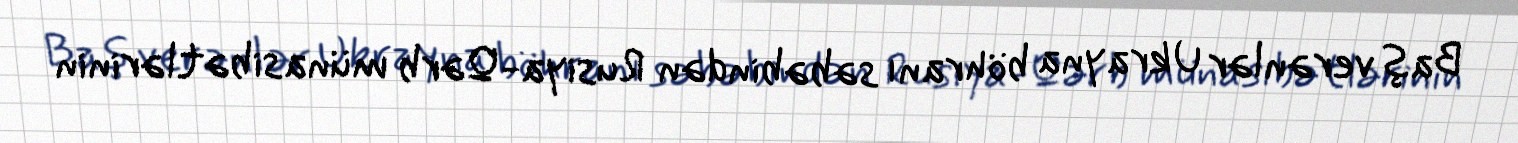
Baş verənlər Ukrayna böhranı səbəbindən Rusiya-Qərb münasibətlərinin